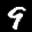
Label: 9